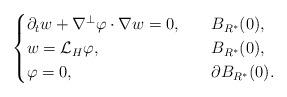
LaTeX: \begin{align*}\begin{cases}\partial_t w+\nabla^\perp\varphi\cdot \nabla w=0,\ \ &\ B_{R^*}(0),\\w=\mathcal{L}_H\varphi,\ \ &\ B_{R^*}(0),\\\varphi=0,\ \ &\ \partial B_{R^*}(0).\end{cases}\end{align*}